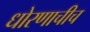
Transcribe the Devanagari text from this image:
धोरणाचीच